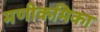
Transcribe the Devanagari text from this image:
मणीकमिका